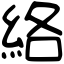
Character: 絡